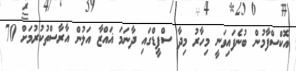
އޮކްސްފާމުން ބުނެފައިވަނީ މިހާރު މިދާ ސްޕީޑްގައި ދާނަމަ ޣައްޒާ އަލުން އާރާސްތުކުރުމަށް 70